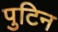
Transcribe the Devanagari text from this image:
पुटिन